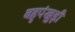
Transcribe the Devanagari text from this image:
बहुपंखुड़ी